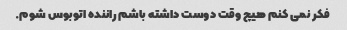
فکر نمی کنم هیچ وقت دوست داشته باشم راننده اتوبوس شوم.